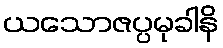
ယသောဇပ္ပမုခါနိ